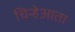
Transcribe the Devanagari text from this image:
चिन्हेआता